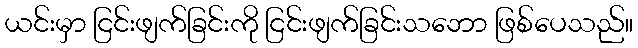
ယင်းမှာ ငြင်းဖျက်ခြင်းကို ငြင်းဖျက်ခြင်းသဘော ဖြစ်ပေသည်။